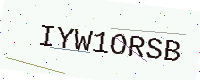
Text: IYW1ORSB